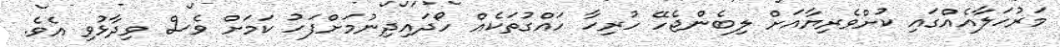
މަރުހަލާއެއްގައި ކުށްވެރިޔާއަށް ލިބެންޖެހޭ ހުރިހާ ހައްގުތަކެއް ހޯދައިދިނުމަށްފަހު ކަމަށް ވެސް ވިދާޅުވި އެވެ.